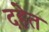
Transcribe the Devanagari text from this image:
दहेत